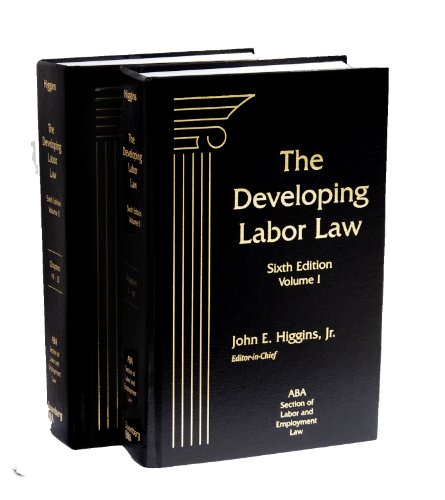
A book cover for The Developing Labor Law: The Board, the Courts, and the National Labor Relations Act, Sixth Edition; ABA Section of Labor and Employment Law; Law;